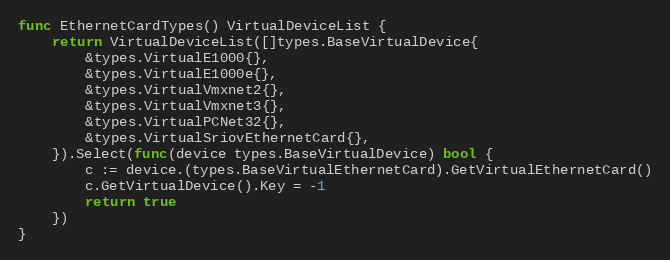
Language: Go
func EthernetCardTypes() VirtualDeviceList {
	return VirtualDeviceList([]types.BaseVirtualDevice{
		&types.VirtualE1000{},
		&types.VirtualE1000e{},
		&types.VirtualVmxnet2{},
		&types.VirtualVmxnet3{},
		&types.VirtualPCNet32{},
		&types.VirtualSriovEthernetCard{},
	}).Select(func(device types.BaseVirtualDevice) bool {
		c := device.(types.BaseVirtualEthernetCard).GetVirtualEthernetCard()
		c.GetVirtualDevice().Key = -1
		return true
	})
}